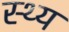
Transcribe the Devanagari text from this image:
स्थ्य